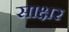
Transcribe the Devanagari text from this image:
साक्ष्रर